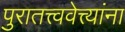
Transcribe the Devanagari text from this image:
पुरातत्त्ववेत्त्यांना